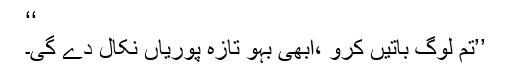
‘‘
’’تم لوگ باتیں کرو ،ابھی بہو تازہ پوریاں نکال دے گی۔